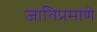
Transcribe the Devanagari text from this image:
जातिप्रमाणे